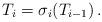
LaTeX: \begin{align*} &T_i=\sigma_i(T_{i-1})\, .\end{align*}